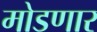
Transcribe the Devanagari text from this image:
मोडणार